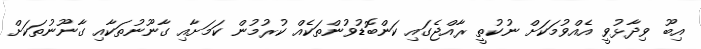
އިބޫ ވިދާޅުވީ އެއްވުމަކަށް ނުކުތީ ރާއްޖެގައި ކަންބޮޑުވުންތަކެއް ކުރުމުން ކަމަށާއި ގާނޫނުތަކާއި ގާނޫނުތަކަށް